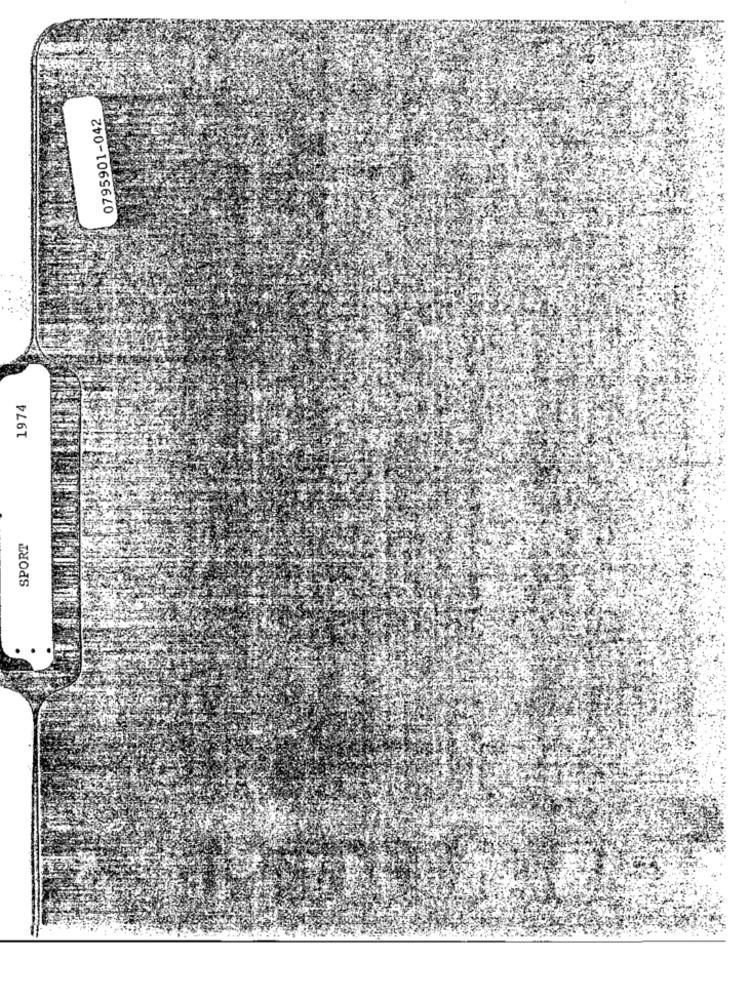
0795901-042
1974
SPORT